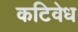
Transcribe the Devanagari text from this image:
कटिवेध